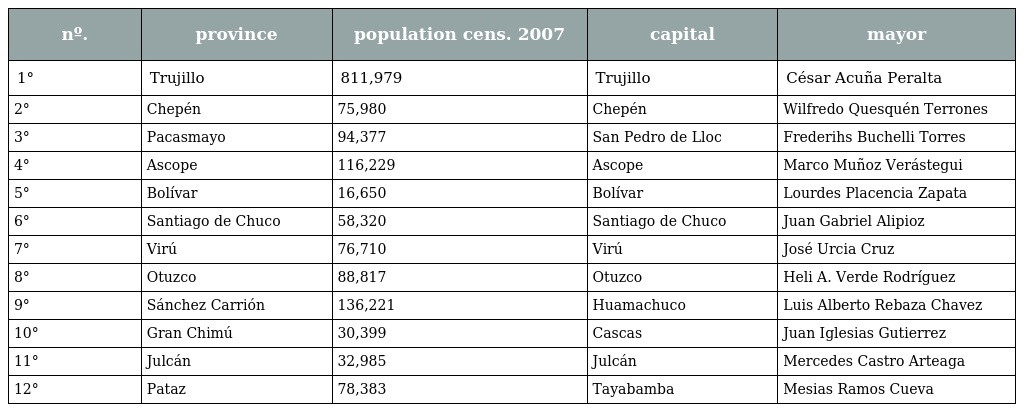
| nº. | province | population cens. 2007 | capital | mayor |
 | --- | --- | --- | --- | --- |
 | 1° | Trujillo | 811,979 | Trujillo | César Acuña Peralta |
 | 2° | Chepén | 75,980 | Chepén | Wilfredo Quesquén Terrones |
 | 3° | Pacasmayo | 94,377 | San Pedro de Lloc | Frederihs Buchelli Torres |
 | 4° | Ascope | 116,229 | Ascope | Marco Muñoz Verástegui |
 | 5° | Bolívar | 16,650 | Bolívar | Lourdes Placencia Zapata |
 | 6° | Santiago de Chuco | 58,320 | Santiago de Chuco | Juan Gabriel Alipioz |
 | 7° | Virú | 76,710 | Virú | José Urcia Cruz |
 | 8° | Otuzco | 88,817 | Otuzco | Heli A. Verde Rodríguez |
 | 9° | Sánchez Carrión | 136,221 | Huamachuco | Luis Alberto Rebaza Chavez |
 | 10° | Gran Chimú | 30,399 | Cascas | Juan Iglesias Gutierrez |
 | 11° | Julcán | 32,985 | Julcán | Mercedes Castro Arteaga |
 | 12° | Pataz | 78,383 | Tayabamba | Mesias Ramos Cueva |